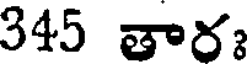
345 తారః